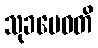
သုခမေဓတိ